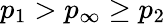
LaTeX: p_{1}>p_{\infty}\geq p_{2}